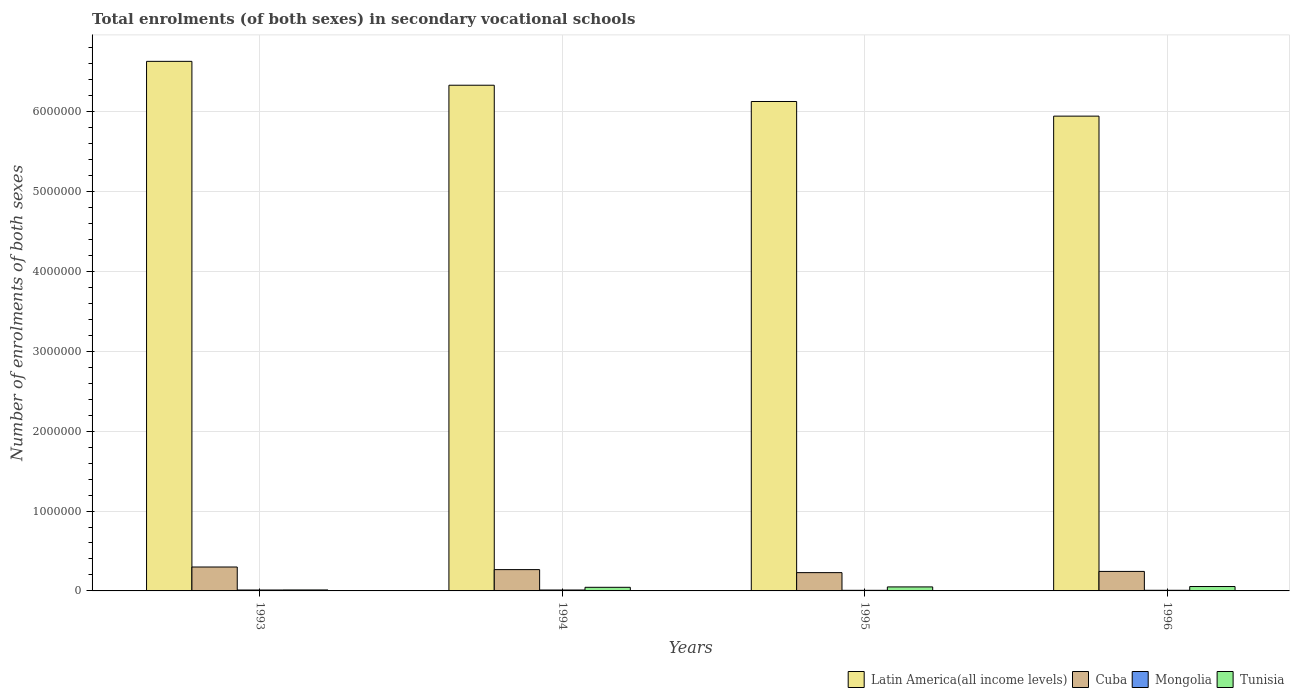
| Years | Latin America(all income levels) | Cuba | Mongolia | Tunisia |
 | --- | --- | --- | --- | --- |
 | 1993 | 6.63e+06 | 2.99e+05 | 1.15e+04 | 1.21e+04 |
 | 1994 | 6.33e+06 | 2.67e+05 | 1.15e+04 | 4.52e+04 |
 | 1995 | 6.13e+06 | 2.29e+05 | 7.56e+03 | 5.02e+04 |
 | 1996 | 5.94e+06 | 2.44e+05 | 7.99e+03 | 5.5e+04 |